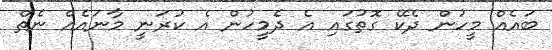
ބައެއް މީހުން ދެކޭ ގޮތުގައި އެ ދެމީހުން އެ ކުރަނީ މާނައެއް ނެތް